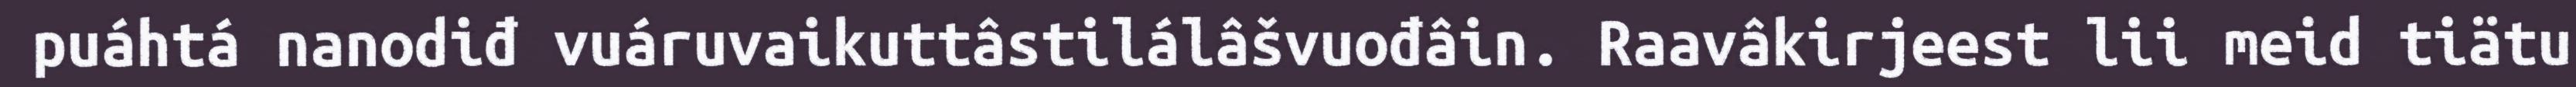
puáhtá nanodiđ vuáruvaikuttâstilálâšvuođâin. Raavâkirjeest lii meid tiätu